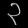
Digit: ၃